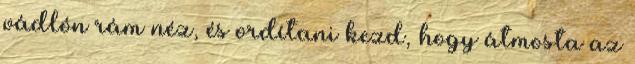
vádlón rám néz, és ordítani kezd, hogy átmosta az